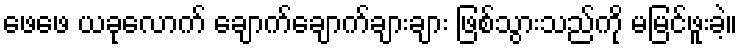
ဖေဖေ ယခုလောက် ချောက်ချောက်ချားချား ဖြစ်သွားသည်ကို မမြင်ဖူးခဲ့။